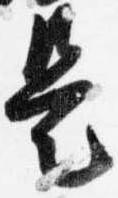
是